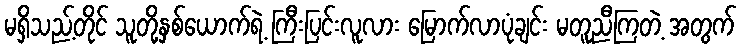
မရှိသည့်တိုင် သူတို့နှစ်ယောက်ရဲ့ ကြီးပြင်းလူလား မြောက်လာပုံချင်း မတူညီကြတဲ့ အတွက်